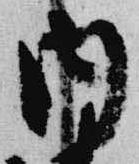
内